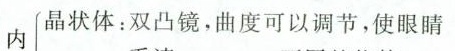
内 晶状体：双凸镜，曲度可以调节，使眼睛